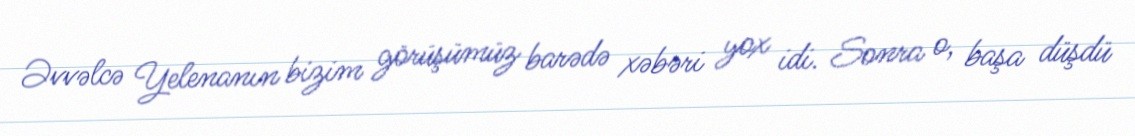
Əvvəlcə Yelenanın bizim görüşümüz barədə xəbəri yox idi. Sonra o, başa düşdü